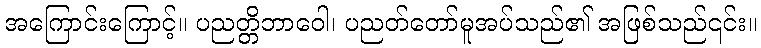
အကြောင်းကြောင့်။ ပညတ္တိဘာဝေါ၊ ပညတ်တော်မူအပ်သည်၏ အဖြစ်သည်၎င်း။